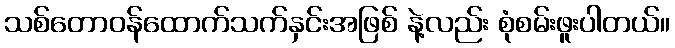
သစ်တောဝန်ထောက်သက်နှင်းအဖြစ် နဲ့လည်း စုံစမ်းဖူးပါတယ်။